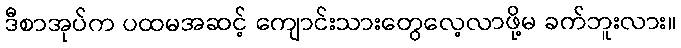
ဒီစာအုပ်က ပထမအဆင့် ကျောင်းသားတွေလေ့လာဖို့မ ခက်ဘူးလား။